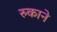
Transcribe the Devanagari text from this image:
रुकाने